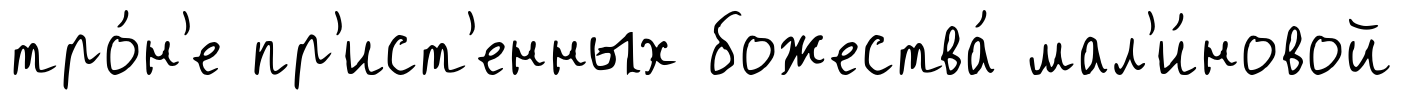
тро́н'е пр'ист'енных божества́ мал'и́новой